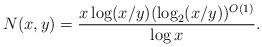
LaTeX: \begin{align*} N(x,y) = \frac{x \log(x/y) (\log_2 (x/y))^{O(1)}}{\log x}.\end{align*}